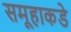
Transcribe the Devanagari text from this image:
समूहाकडे